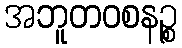
အဘူတဝစနဉ္စ